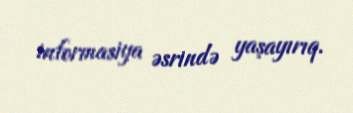
informasiya əsrində yaşayırıq.